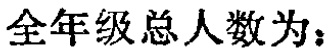
全年级总人数为：